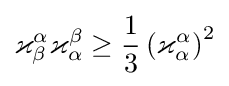
\varkappa _{\beta }^{\alpha }\varkappa _{\alpha }^{\beta }\geq {\frac {1}{3}}\left(\varkappa _{\alpha }^{\alpha }\right)^{2}